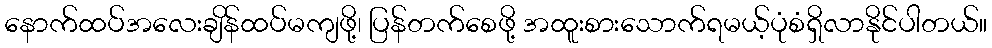
နောက်ထပ်အလေးချိန်ထပ်မကျဖို့၊ ပြန်တက်စေဖို့ အထူးစားသောက်ရမယ့်ပုံစံရှိလာနိုင်ပါတယ်။